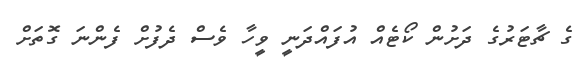
ގެ ޗާޓަރުގެ ދަށުން ކޯޓެއް އުފައްދަނީ ވީހާ ވެސް ދެފުށް ފެންނަ ގޮތަށް